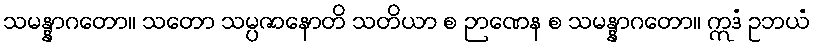
သမန္နာဂတော။ သတော သမ္ပဇာနောတိ သတိယာ စ ဉာဏေန စ သမန္နာဂတော။ ဣဒံ ဥဘယံ